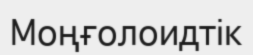
Моңғолоидтік